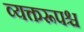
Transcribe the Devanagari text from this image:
व्यक्तरूपश्च